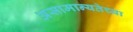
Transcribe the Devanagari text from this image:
असामान्यतेच्या